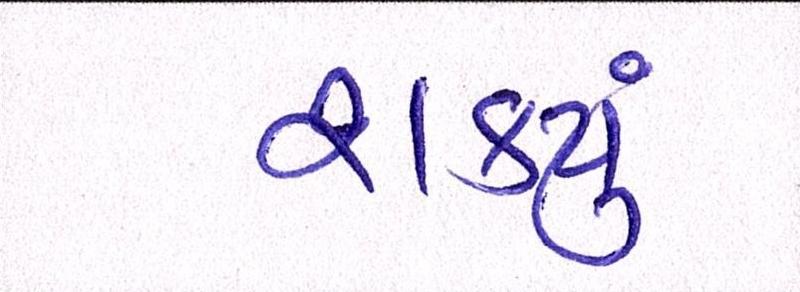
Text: શકયું